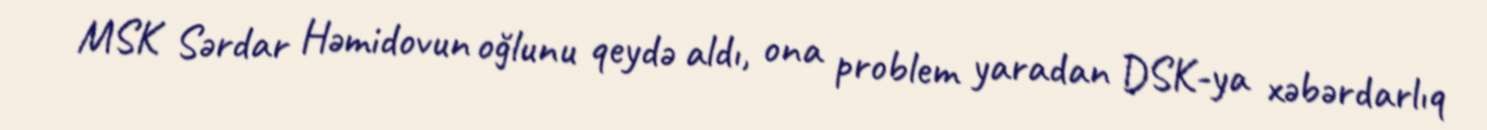
MSK Sərdar Həmidovun oğlunu qeydə aldı, ona problem yaradan DSK-ya xəbərdarlıq